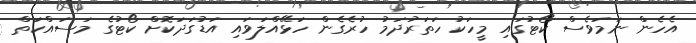
އެހެން ނަމަވެސް ކޯޓުގައި މީހަކު ހަތަރުދަމު ހުރެގެން ހަޅޭއްލަވައި އަޑުގަދަކޮށް ކޯޓުގެ މަސައްކަތް